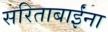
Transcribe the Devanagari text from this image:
सरिताबाईंना